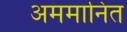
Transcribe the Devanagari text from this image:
अममानित